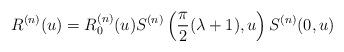
LaTeX: \begin{align*}R^{(n)}(u)=R_{0}^{(n)}(u)S^{(n)}\left( \frac{\pi }{2}(\lambda +1),u\right) S^{(n)}(0,u)\end{align*}